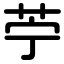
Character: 苧